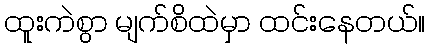
ထူးကဲစွာ မျက်စိထဲမှာ ထင်းနေတယ်။